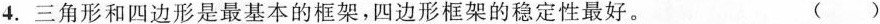
4.三角形和四边形是最基本的框架，四边形框架的稳定性最好。 ()